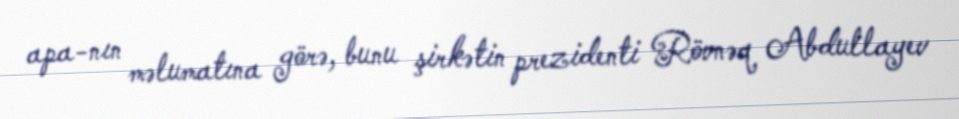
apa-nın məlumatına görə, bunu şirkətin prezidenti Rövnəq Abdullayev